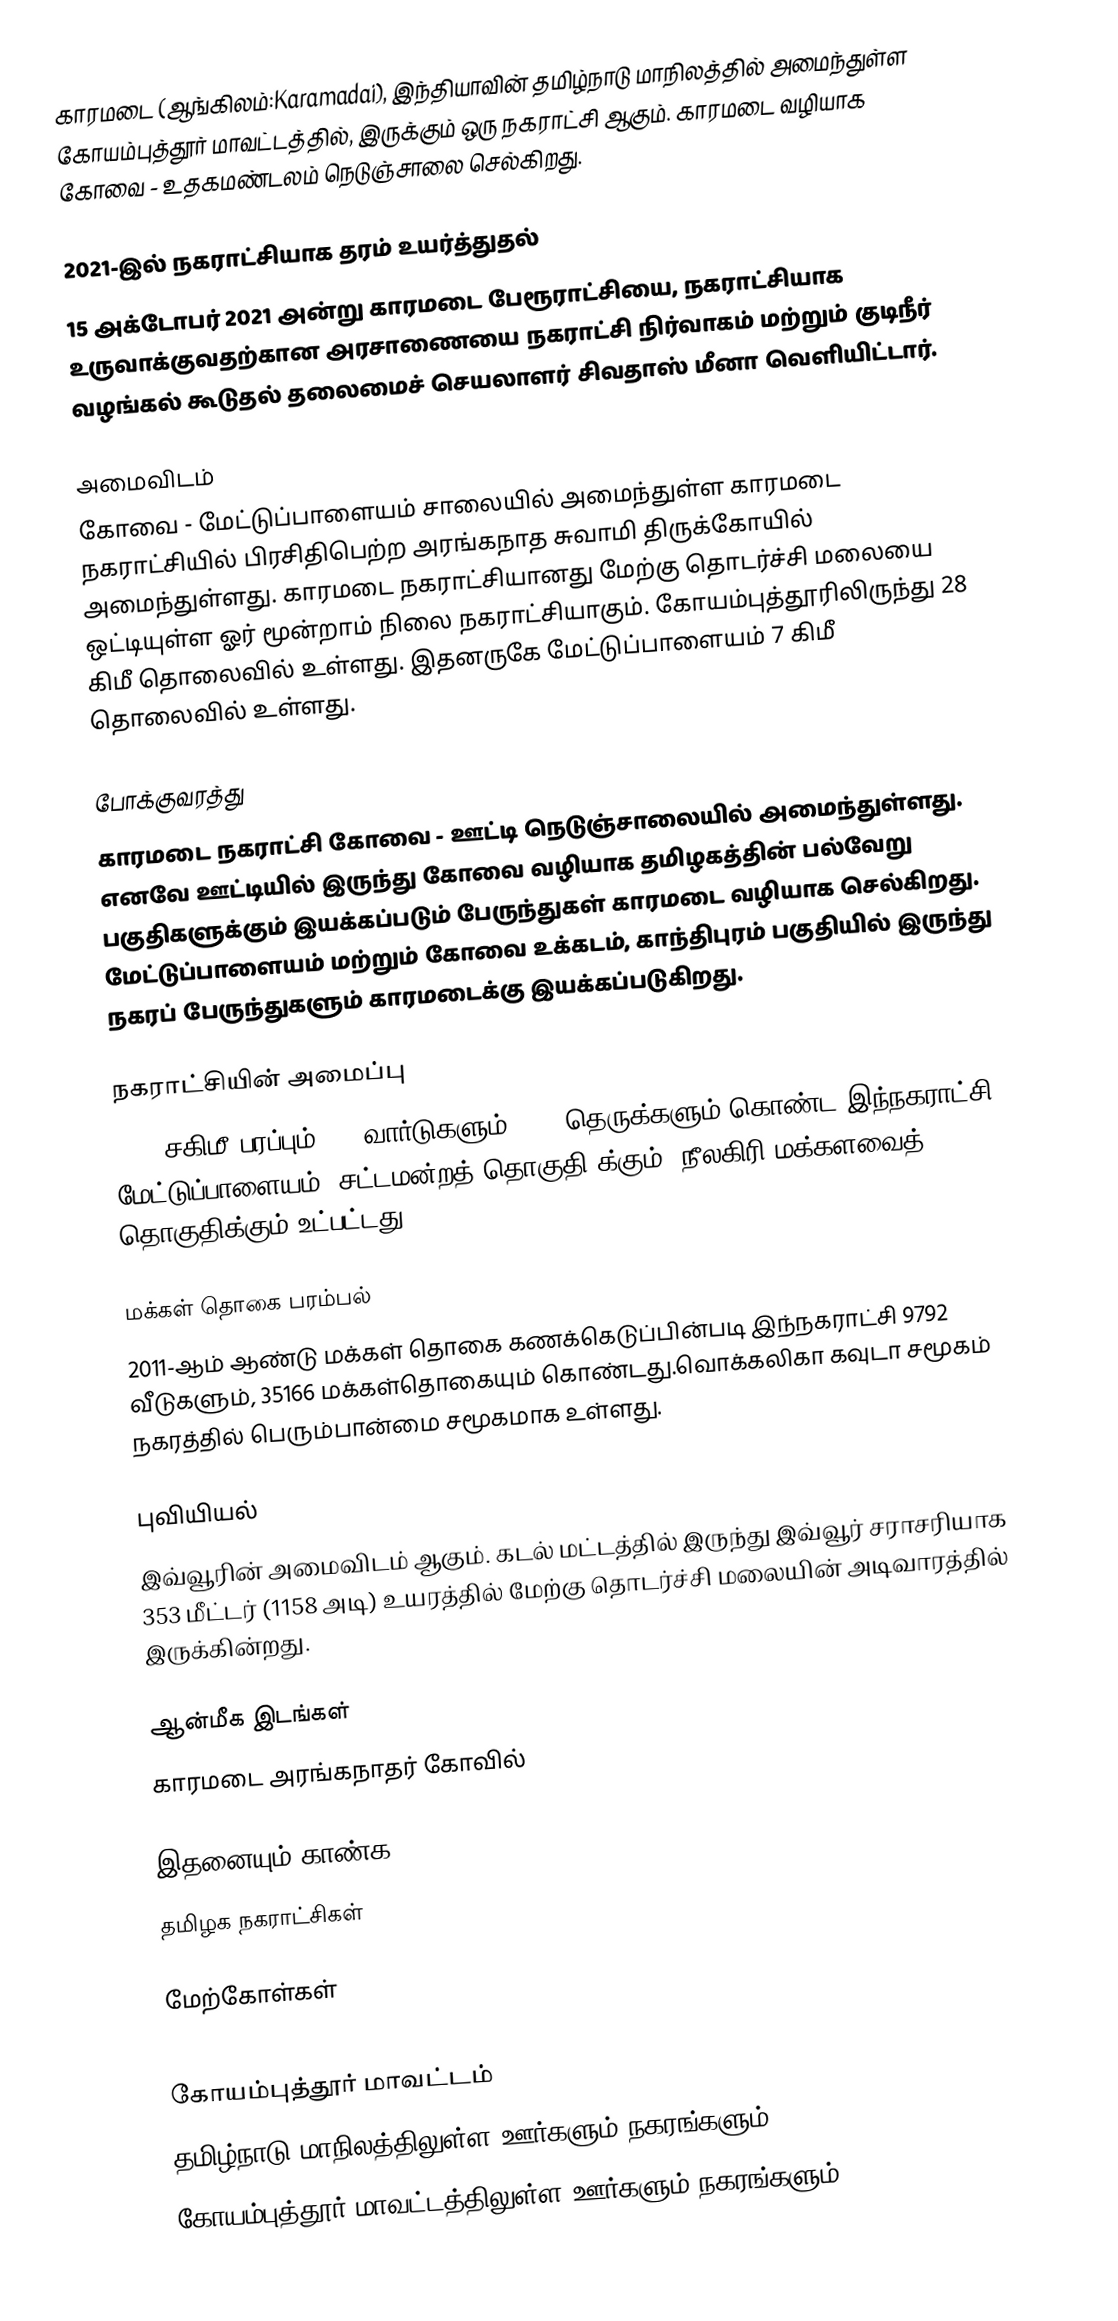
காரமடை (ஆங்கிலம்:Karamadai), இந்தியாவின் தமிழ்நாடு மாநிலத்தில் அமைந்துள்ள கோயம்புத்தூர் மாவட்டத்தில், இருக்கும் ஒரு நகராட்சி ஆகும். காரமடை வழியாக கோவை -  உதகமண்டலம் நெடுஞ்சாலை செல்கிறது.

2021-இல் நகராட்சியாக தரம் உயர்த்துதல்
15 அக்டோபர் 2021 அன்று காரமடை பேரூராட்சியை, நகராட்சியாக உருவாக்குவதற்கான அரசாணையை  நகராட்சி நிர்வாகம் மற்றும் குடிநீர் வழங்கல் கூடுதல் தலைமைச் செயலாளர் சிவதாஸ் மீனா வெளியிட்டார்.

அமைவிடம்
கோவை - மேட்டுப்பாளையம் சாலையில் அமைந்துள்ள காரமடை நகராட்சியில் பிரசிதிபெற்ற அரங்கநாத சுவாமி திருக்கோயில் அமைந்துள்ளது. காரமடை நகராட்சியானது மேற்கு தொடர்ச்சி மலையை ஒட்டியுள்ள ஓர் மூன்றாம் நிலை நகராட்சியாகும். கோயம்புத்தூரிலிருந்து  28 கிமீ தொலைவில் உள்ளது. இதனருகே மேட்டுப்பாளையம் 7 கிமீ தொலைவில் உள்ளது.

போக்குவரத்து
காரமடை நகராட்சி கோவை - ஊட்டி நெடுஞ்சாலையில் அமைந்துள்ளது. எனவே ஊட்டியில் இருந்து கோவை வழியாக தமிழகத்தின் பல்வேறு பகுதிகளுக்கும் இயக்கப்படும் பேருந்துகள் காரமடை வழியாக செல்கிறது. மேட்டுப்பாளையம் மற்றும் கோவை உக்கடம், காந்திபுரம் பகுதியில் இருந்து நகரப் பேருந்துகளும் காரமடைக்கு இயக்கப்படுகிறது.

நகராட்சியின் அமைப்பு
19.8 சகிமீ பரப்பும், 22 வார்டுகளும், 174 தெருக்களும்  கொண்ட இந்நகராட்சி  மேட்டுப்பாளையம்  (சட்டமன்றத் தொகுதி)க்கும், நீலகிரி மக்களவைத் தொகுதிக்கும் உட்பட்டது.

மக்கள் தொகை பரம்பல்
2011-ஆம் ஆண்டு மக்கள் தொகை கணக்கெடுப்பின்படி  இந்நகராட்சி 9792  வீடுகளும், 35166 மக்கள்தொகையும் கொண்டது.வொக்கலிகா கவுடா சமூகம் நகரத்தில் பெரும்பான்மை சமூகமாக உள்ளது.

புவியியல்
இவ்வூரின் அமைவிடம்  ஆகும். கடல் மட்டத்தில் இருந்து இவ்வூர் சராசரியாக 353 மீட்டர் (1158 அடி) உயரத்தில் மேற்கு தொடர்ச்சி மலையின் அடிவாரத்தில் இருக்கின்றது.

ஆன்மீக இடங்கள்
காரமடை அரங்கநாதர் கோவில்

இதனையும் காண்க
தமிழக நகராட்சிகள்

மேற்கோள்கள்

கோயம்புத்தூர் மாவட்டம்
தமிழ்நாடு மாநிலத்திலுள்ள ஊர்களும் நகரங்களும்
கோயம்புத்தூர் மாவட்டத்திலுள்ள ஊர்களும் நகரங்களும்